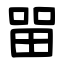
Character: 㽞